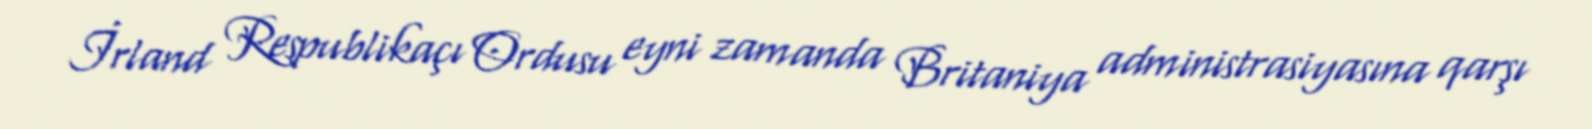
İrland Respublikaçı Ordusu eyni zamanda Britaniya administrasiyasına qarşı